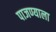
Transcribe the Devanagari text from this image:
पाजण्याला